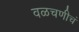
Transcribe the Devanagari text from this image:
वळचणीचं